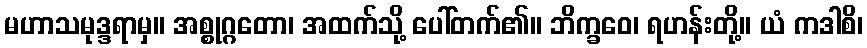
မဟာသမုဒ္ဒရာမှ။ အစ္စုဂ္ဂတော၊ အထက်သို့ ပေါ်တက်၏။ ဘိက္ခဝေ၊ ရဟန်းတို့။ ယံ ကဒါစိ၊